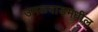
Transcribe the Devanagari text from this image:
उमळवाडमधील